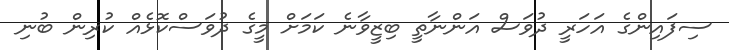
ސިފައިންގެ އަހަރީ ދުވަސް އަންނާތީ ބިޒީވާނެ ކަމަށް މީގެ ދުވަސްކޮޅެއް ކުރިން ބުނި